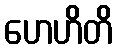
ဟေဟိတိ